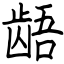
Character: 龉